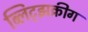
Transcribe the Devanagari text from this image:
ब्लिट्झक्रीग